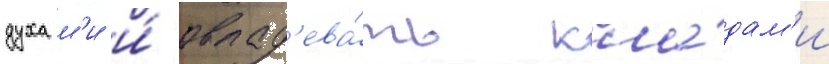
духам'и и́ овлад'ева́ть кла́дам'и